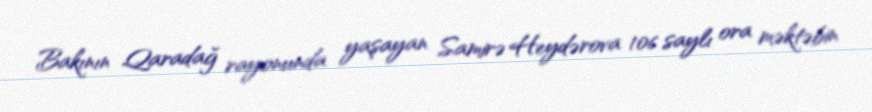
Bakının Qaradağ rayonunda yaşayan Samirə Heydərova 106 saylı ora məktəbin